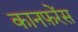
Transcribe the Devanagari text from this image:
कानफ़रेंस